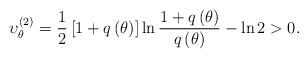
LaTeX: \begin{align*} \upsilon _\theta ^{\left( 2 \right)} = \frac{1}{2}\left[ {1 + q\left( \theta \right)} \right]\ln \frac{{1 + q\left( \theta \right)}}{{q\left( \theta \right)}} - \ln 2>0.\end{align*}